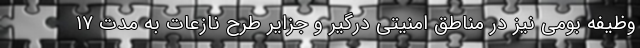
وظیفه بومی نیز در مناطق امنیتی درگیر و جزایر طرح نازعات به مدت ۱۷